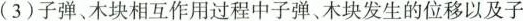
(3)子弹、木块相互作用过程中子弹、木块发生的位移以及子